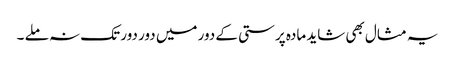
یہ مثال بھی شاید مادہ پرستی کے دور میں دور دور تک نہ ملے ۔